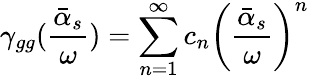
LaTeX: \gamma_{gg}({\frac{\bar{\alpha}_{s}}{\omega}})=\sum_{n=1}^{\infty}c_{n}\left({\frac{\bar{\alpha}_{s}}{\omega}}\right)^{n}